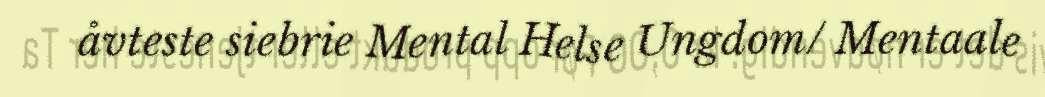
åvteste siebrie Mental Helse Ungdom/ Mentaale